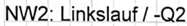
Text: NW2: Linkslauf / -Q2